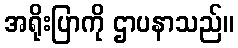
အရိုးပြာကို ဌာပနာသည်။